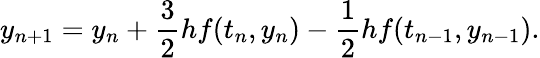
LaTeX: y_{n+1}=y_{n}+{\frac{3}{2}}hf(t_{n},y_{n})-{\frac{1}{2}}hf(t_{n-1},y_{n-1}).